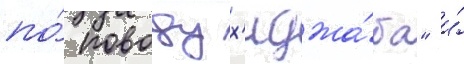
по́ поводу х'иджа́ба" и́